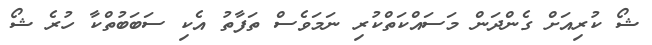
ޝޯ ކުރިއަށް ގެންދަން މަސައްކަތްކުރި ނަމަވެސް ތަފާތު އެކި ސަބަބުތްކާ ހުރެ ޝޯ